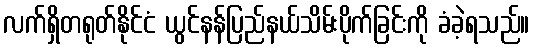
လက်ရှိတရုတ်နိုင်ငံ ယွင်နန်ပြည်နယ်သိမ်းပိုက်ခြင်းကို ခံခဲ့ရသည်။